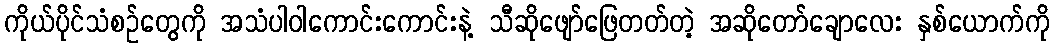
ကိုယ်ပိုင်သံစဉ်တွေကို အသံပါဝါကောင်းကောင်းနဲ့ သီဆိုဖျော်ဖြေတတ်တဲ့ အဆိုတော်ချောလေး နှစ်ယောက်ကို